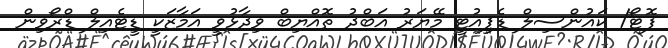
ފޮޓޯ/ ކައުންސިލް ޑެޕިއުޓީ މޭޔަރު އަބްދު ތޮއްޔިބް ވިދާޅުވީ އަމާޒަކީ ޑީޓެއިލް ޑްރޯވިން